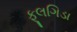
ફૂલગિડા